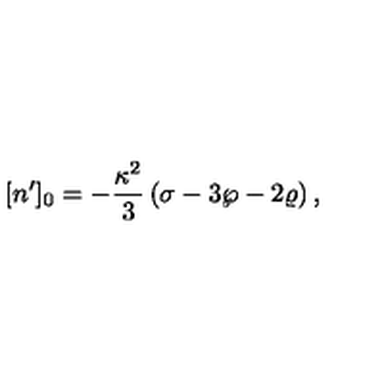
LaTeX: [ n ^ { \prime } ] _ { 0 } = - { \frac { \kappa ^ { 2 } } { 3 } } \left( \sigma - 3 \wp - 2 \varrho \right) ,